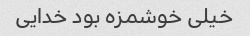
خیلی خوشمزه بود خدایی